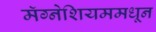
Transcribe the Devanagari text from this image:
मॅग्नेशियममधून